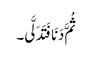
ثُمَّ دَنَا فَتَدَلَّی۔